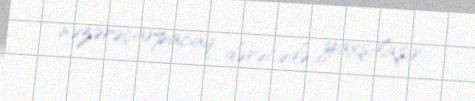
nəzərəçarpacaq dərəcədə yaxşılaşır.